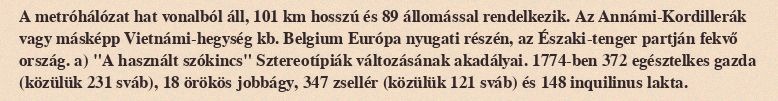
A metróhálózat hat vonalból áll, 101 km hosszú és 89 állomással rendelkezik. Az Annámi-Kordillerák vagy másképp Vietnámi-hegység kb. Belgium Európa nyugati részén, az Északi-tenger partján fekvő ország. a) "A használt szókincs" Sztereotípiák változásának akadályai. 1774-ben 372 egésztelkes gazda (közülük 231 sváb), 18 örökös jobbágy, 347 zsellér (közülük 121 sváb) és 148 inquilinus lakta.